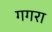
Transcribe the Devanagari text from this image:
गगरा